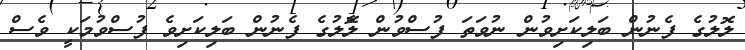
ލޮލުގެ ފެނުން ބަލިކަށިވުން ނުވަތަ ފުސްވުން ލެޮލުގެ ފެނުން ބަލިކަށިވެ ފުސްވުމަކީ ވެސް